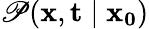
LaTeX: \mathscr{P}(\mathbf{{x}},\mathbf{{t}}\mid\mathbf{{x_{0}}})